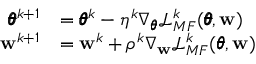
\begin{array} { r l } { \pmb { \theta } ^ { k + 1 } } & { = \pmb { \theta } ^ { k } - \eta ^ { k } \nabla _ { \pmb { \theta } } \mathcal { L } _ { M F } ^ { k } ( \pmb { \theta } , \mathbf { w } ) } \\ { \mathbf { w } ^ { k + 1 } } & { = \mathbf { w } ^ { k } + \rho ^ { k } \nabla _ { \mathbf { w } } \mathcal { L } _ { M F } ^ { k } ( \pmb { \theta } , \mathbf { w } ) } \end{array}